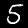
Label: 5